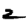
Digit: 2